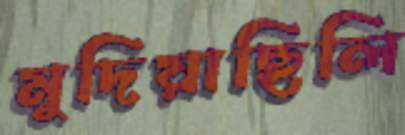
মুদিয়াছিলি